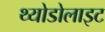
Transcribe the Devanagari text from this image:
थ्योडोलाइट